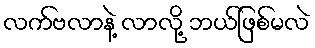
လက်ဗလာနဲ့ လာလို့ ဘယ်ဖြစ်မလဲ